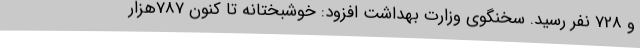
و 728 نفر رسید. سخنگوی وزارت بهداشت افزود: خوشبختانه تا کنون 787هزار